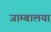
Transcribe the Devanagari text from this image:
जाम्बालया